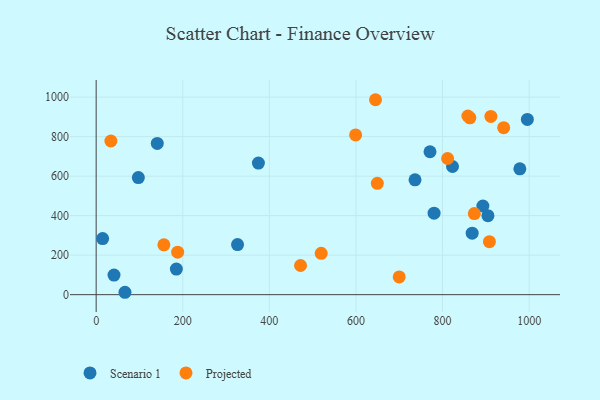
{"axis": {"x": "Speed", "y": "Salary"}, "legend": ["Projected", "Scenario 1"], "data": [{"x": "141.1", "y": 765.4, "type": "Scenario 1"}, {"x": "904.8", "y": 399.9, "type": "Scenario 1"}, {"x": "978.5", "y": 636.7, "type": "Scenario 1"}, {"x": "97.4", "y": 592.6, "type": "Scenario 1"}, {"x": "14.9", "y": 283.8, "type": "Scenario 1"}, {"x": "780.4", "y": 412.4, "type": "Scenario 1"}, {"x": "868.4", "y": 311.4, "type": "Scenario 1"}, {"x": "41.2", "y": 99.2, "type": "Scenario 1"}, {"x": "66.5", "y": 12.1, "type": "Scenario 1"}, {"x": "771.0", "y": 723.4, "type": "Scenario 1"}, {"x": "185.2", "y": 129.3, "type": "Scenario 1"}, {"x": "326.5", "y": 253.7, "type": "Scenario 1"}, {"x": "736.4", "y": 581.3, "type": "Scenario 1"}, {"x": "374.7", "y": 666.0, "type": "Scenario 1"}, {"x": "893.1", "y": 448.8, "type": "Scenario 1"}, {"x": "823.0", "y": 648.7, "type": "Scenario 1"}, {"x": "995.9", "y": 886.9, "type": "Scenario 1"}, {"x": "858.5", "y": 904.2, "type": "Projected"}, {"x": "811.7", "y": 689.2, "type": "Projected"}, {"x": "941.2", "y": 845.1, "type": "Projected"}, {"x": "34.0", "y": 777.7, "type": "Projected"}, {"x": "519.7", "y": 209.1, "type": "Projected"}, {"x": "156.4", "y": 252.4, "type": "Projected"}, {"x": "873.4", "y": 410.5, "type": "Projected"}, {"x": "649.3", "y": 563.4, "type": "Projected"}, {"x": "645.1", "y": 986.7, "type": "Projected"}, {"x": "863.1", "y": 895.3, "type": "Projected"}, {"x": "699.9", "y": 89.7, "type": "Projected"}, {"x": "599.2", "y": 808.7, "type": "Projected"}, {"x": "908.2", "y": 268.0, "type": "Projected"}, {"x": "911.6", "y": 902.2, "type": "Projected"}, {"x": "472.0", "y": 147.5, "type": "Projected"}, {"x": "188.2", "y": 214.9, "type": "Projected"}]}